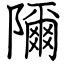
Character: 隬